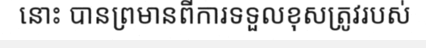
នោះ បានព្រមានពីការទទួលខុសត្រូវរបស់